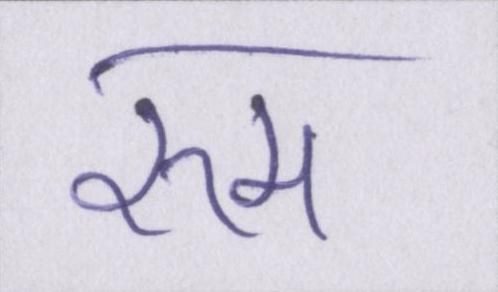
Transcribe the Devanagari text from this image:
रुम